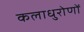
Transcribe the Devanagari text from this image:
कलाधुरोणों